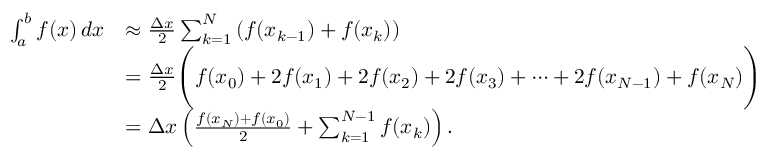
{ \begin{array} { r l } { \int _ { a } ^ { b } f ( x ) \, d x } & { \approx { \frac { \Delta x } { 2 } } \sum _ { k = 1 } ^ { N } \left( f ( x _ { k - 1 } ) + f ( x _ { k } ) \right) } \\ & { = { \frac { \Delta x } { 2 } } { \Biggl ( } f ( x _ { 0 } ) + 2 f ( x _ { 1 } ) + 2 f ( x _ { 2 } ) + 2 f ( x _ { 3 } ) + \dotsb + 2 f ( x _ { N - 1 } ) + f ( x _ { N } ) { \Biggr ) } } \\ & { = \Delta x \left( { \frac { f ( x _ { N } ) + f ( x _ { 0 } ) } { 2 } } + \sum _ { k = 1 } ^ { N - 1 } f ( x _ { k } ) \right) . } \end{array} }